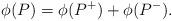
LaTeX: \begin{align*} \phi(P) = \phi(P^+) + \phi(P^-) . \end{align*}